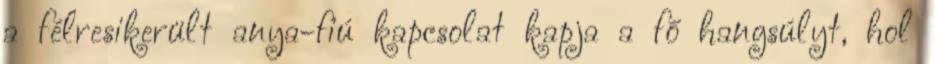
a félresikerült anya-fiú kapcsolat kapja a fő hangsúlyt, hol